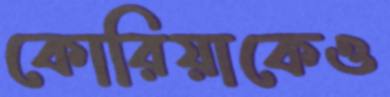
কোরিয়াকেও